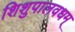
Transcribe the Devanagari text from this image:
शिशुपालवधम्